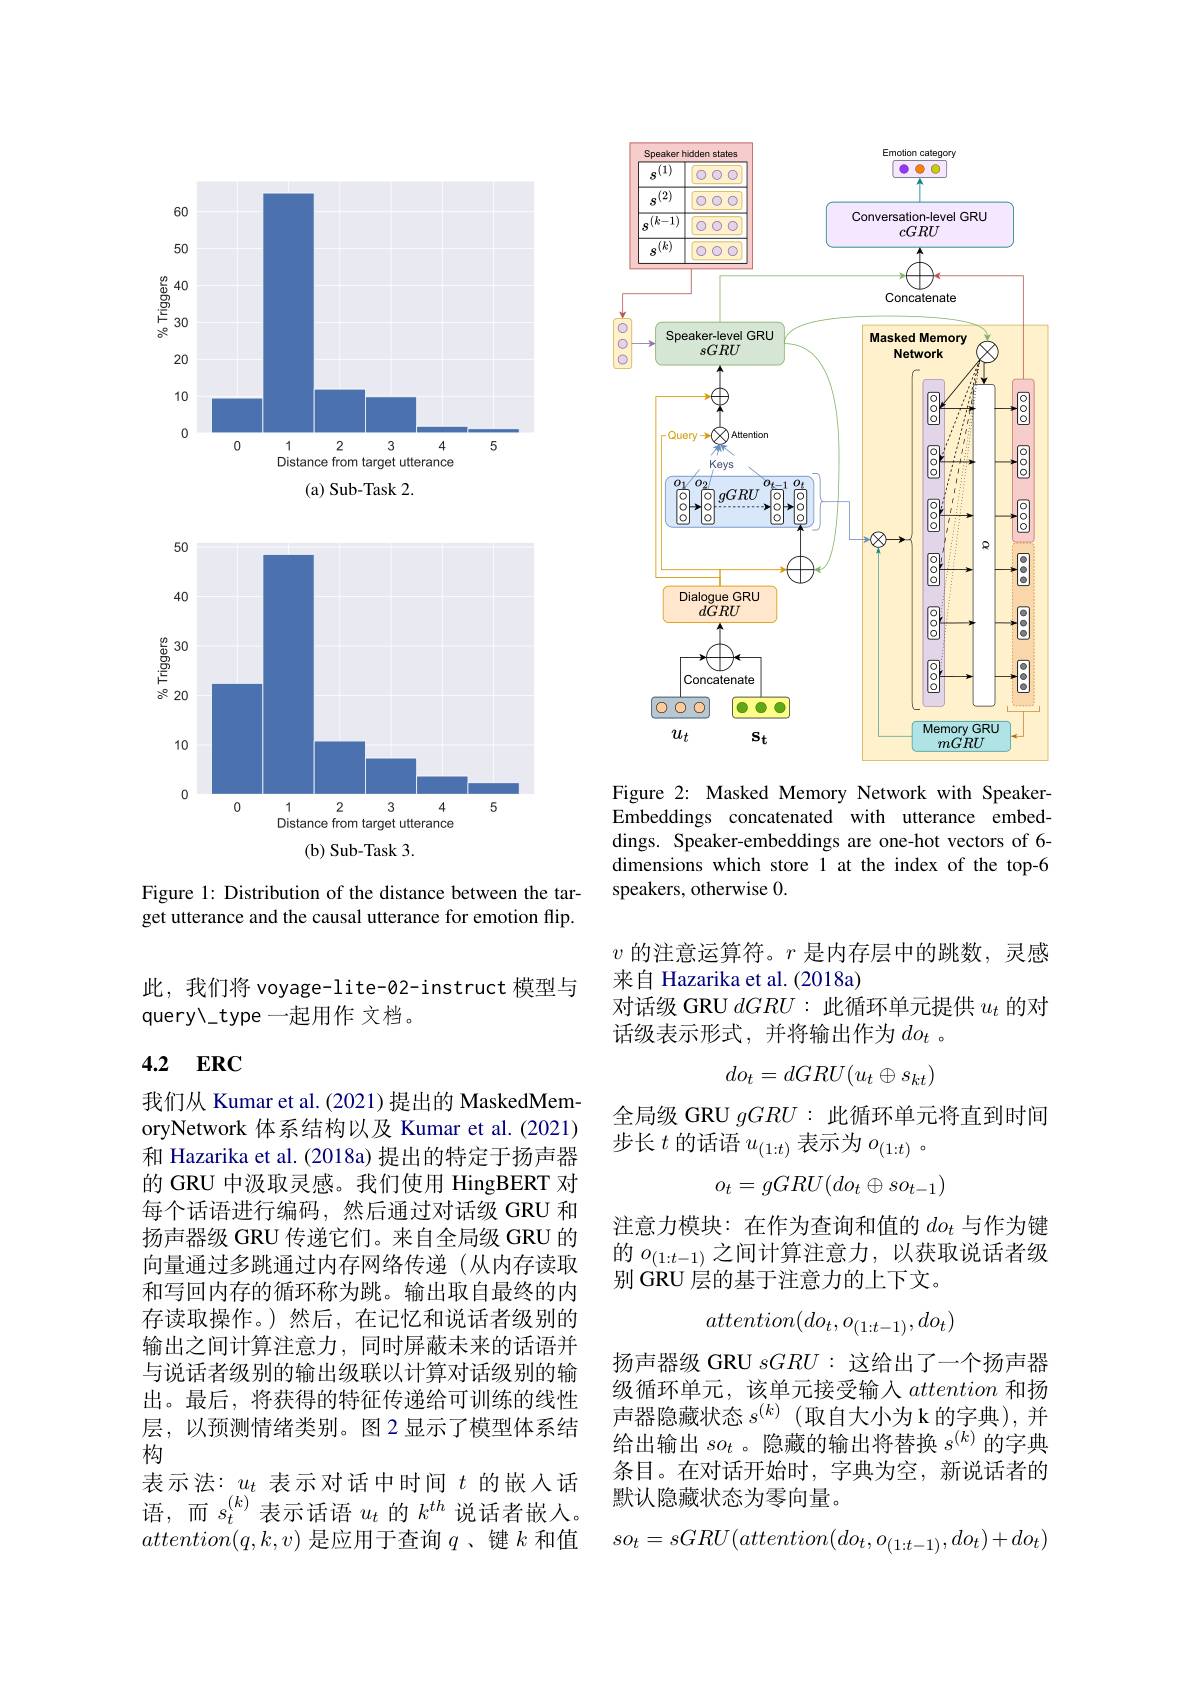
<FigureHere>

Figure 1: Distribution of the distance between the target utterance and the causal utterance for emotion flip.

<FigureHere>

Figure 2: Masked Memory Network with SpeakerEmbeddings concatenated with utterance embeddings. Speaker-embeddings are one-hot vectors of 6- dimensions which store 1 at the index of the top-6 speakers, otherwise 0.

$v$的注意运算符。$r$是内存层中的跳数，灵感
来自 Hazarika et al. (2018a)
对话级 GRU $dGRU:$此循环单元提供$u_t$的对
话级表示形式，并将输出作为$do_t$ 。
$$do_t=dGRU(u_t\oplus s_{kt})$$
全局级 GRU $gGRU:$此循环单元将直到时间
步长$t$的话语$u_(1:t)$表示为$o_(1:t)$ 。
$$o_t=gGRU(do_t\oplus so_{t-1})$$
注意力模块：在作为查询和值的$do_t$与作为键的$o_{(1:t-1)}$之间计算注意力，以获取说话者级别 GRU 层的基于注意力的上下文。
$$attention(do_t,o_{(1:t-1)},do_t)$$
扬声器级 GRU $sGRU:$这给出了一个扬声器级循环单元，该单元接受输入attention和扬声器隐藏状态$s^{(k)}$ (取自大小为 k 的字典),并给出输出$so_t$ 。隐藏的输出将替换$s^(k)$的字典条目。在对话开始时，字典为空，新说话者的默认隐藏状态为零向量。
$$so_t=sGRU(attention(do_t,o_{(1:t-1)},do_t)+do_t)$$
此，我们将 voyage-lite-02-instruct 模型与
query$\" type 一起用作 文档$。

# 4.2 $ERC$

我们从 Kumar et al. (2021) 提出的 MaskedMemoryNetwork 体系结构以及 Kumar et al. (2021) 和 Hazarika et al. (2018a) 提出的特定于扬声器的 GRU 中汲取灵感。我们使用 HingBERT 对每个话语进行编码，然后通过对话级 GRU 和扬声器级 GRU 传递它们。来自全局级 GRU 的向量通过多跳通过内存网络传递(从内存读取和写回内存的循环称为跳。输出取自最终的内存读取操作。)然后，在记忆和说话者级别的输出之间计算注意力，同时屏蔽未来的话语并与说话者级别的输出级联以计算对话级别的输出。最后，将获得的特征传递给可训练的线性层，以预测情绪类别。图 2 显示了模型体系结构
表示法：$u_t$表示对话中时间$t$的嵌入话语，而$s_t^{(k)}$表示话语$u_t$的$k^th$说话者嵌入。$attention(q,k,v)$是应用于查询$q$ 、键$k$和值